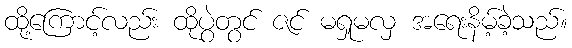
ထို့ကြောင့်လည်း ထိုပွဲတွင် ဇင် မရှုမလှ အရေးနိမ့်ခဲ့သည်။